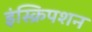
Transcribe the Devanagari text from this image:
इंस्क्रिपशन